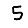
Digit: 5